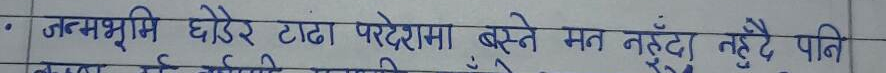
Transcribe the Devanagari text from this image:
जन्मभूमि छोडेर टाढा प्रदेशमा बस्ने मन नहुँदा नहुँदै पनि